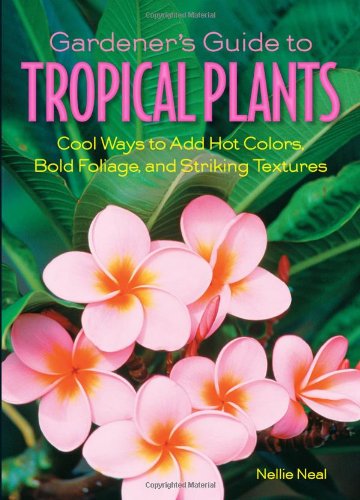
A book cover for Gardener's Guide to Tropical Plants: Cool Ways to Add Hot Colors, Bold Foliage, and Striking Textures (Gardener's Guides); Nellie Neal; Crafts, Hobbies & Home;